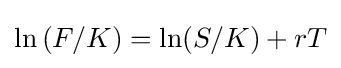
\ln \left(F/K\right)=\ln(S/K)+rT